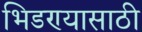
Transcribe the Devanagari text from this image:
भिडण्यासाठी